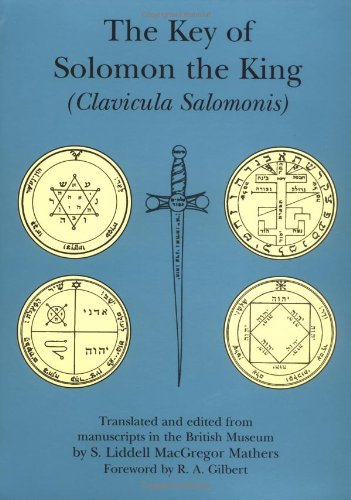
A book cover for The Key of Solomon the King: Clavicula Salomonis; Religion & Spirituality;